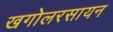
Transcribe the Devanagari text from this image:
खगोलरसायन